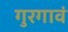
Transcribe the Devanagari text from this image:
गुरगावं